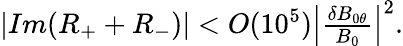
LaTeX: \begin{array}{r}{|Im(R_{+}+R_{-})|<O(10^{5})\left|\frac{\delta B_{0\theta}}{B_{0}}\right|^{2}.}\end{array}